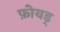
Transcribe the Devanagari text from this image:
फ़ोयड्